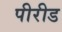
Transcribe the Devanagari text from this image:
पीरीड